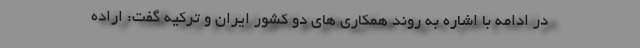
در ادامه با اشاره به روند همکاری های دو کشور ایران و ترکیه گفت: اراده